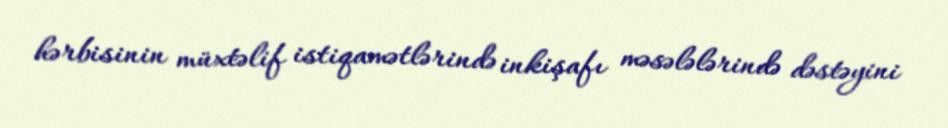
hərbisinin müxtəlif istiqamətlərində inkişafı məsələlərində dəstəyini